Report on sanitation, dispensaries, and jails in Rajputana for 1917, and on vaccination for the year 1917-1918 - 1917-1918
Year: 1917
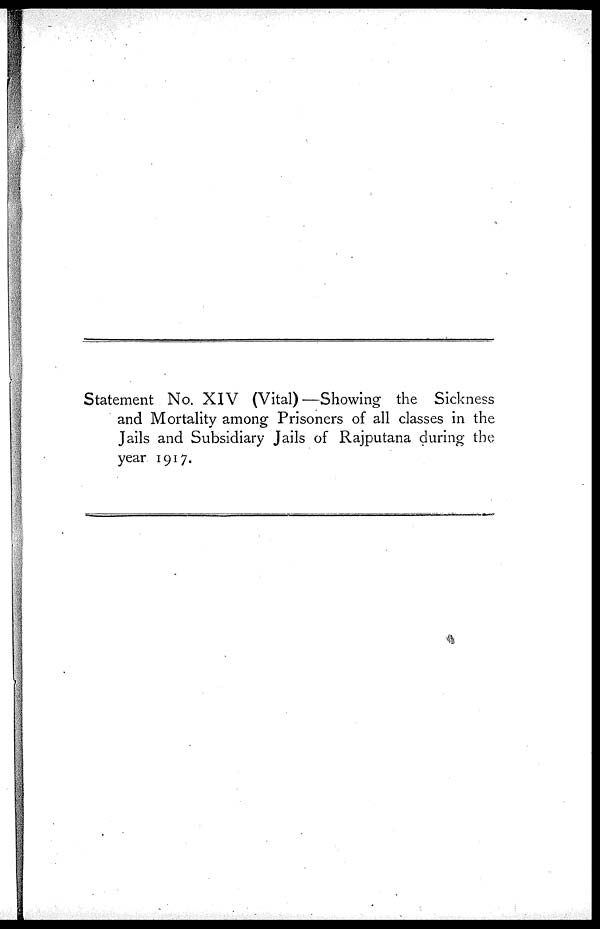
Statement No. XIV (Vital)—Showing the Sickness
and Mortality among Prisoners of all classes in the
Jails and Subsidiary Jails of Rajputana during the
year 1917.